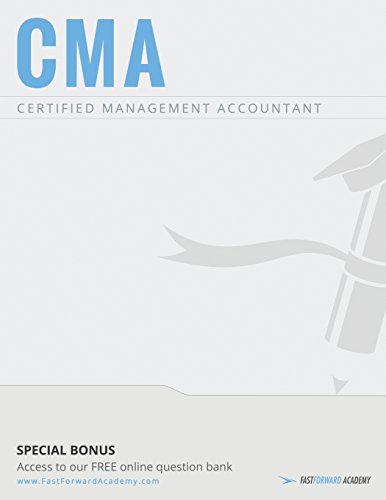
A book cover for CMA Exam Review Course & Study Guide 2015; Fast Forward Academy; Business & Money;